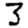
Digit: 3